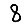
Digit: 8